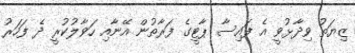
ޒިޔަތު ވިދާޅުވީ އެ ފައިސާ ޕާޓީގެ ފަރާތުން އޭނާއި ހަވާލުކުރީ ދެ ފަހަރު